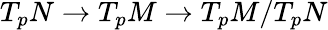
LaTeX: T_{p}N\to T_{p}M\to T_{p}M/T_{p}N